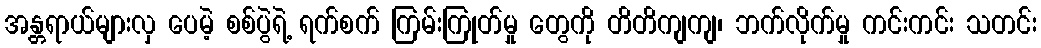
အန္တရာယ်များလှ ပေမဲ့ စစ်ပွဲရဲ့ ရက်စက် ကြမ်းကြုတ်မှု တွေကို တိတိကျကျ၊ ဘက်လိုက်မှု ကင်းကင်း သတင်း